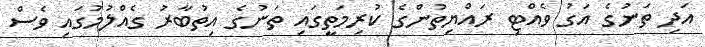
އަދި ތަނުގެ އަގު ވެއްޓި ރައްޔިތުންގެ ކުރިމަތީގައި ތަނުގެ އިތުބާރު ގެއްލުމުގައި ވެސް